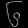
Digit: ၆